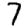
Digit: 7